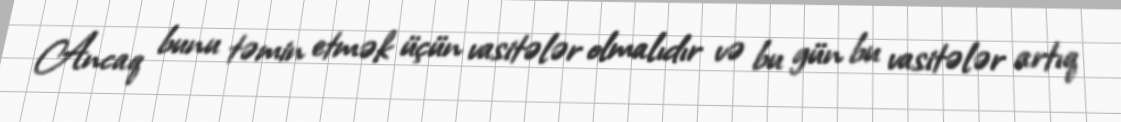
Ancaq bunu təmin etmək üçün vasitələr olmalıdır və bu gün bu vasitələr artıq